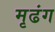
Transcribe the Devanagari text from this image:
मृढंग